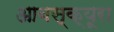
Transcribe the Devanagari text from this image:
आबस्क्यूरा